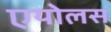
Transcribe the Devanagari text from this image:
एयोलस